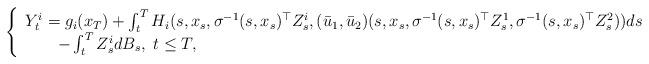
LaTeX: \begin{align*}\left \{\begin{array}{l}Y^i_t=g_i(x_T)+\int_t^TH_i(s,x_s,\sigma^{-1}(s,x_s)^\top Z^i_s,(\bar u_1,\bar u_2)(s,x_s,\sigma^{-1}(s,x_s)^\top Z^1_s,\sigma^{-1}(s,x_s)^\top Z^2_s))ds\\\qquad-\int_t^TZ^i_sdB_s,\,\,t\leq T,\end{array}\right. \end{align*}